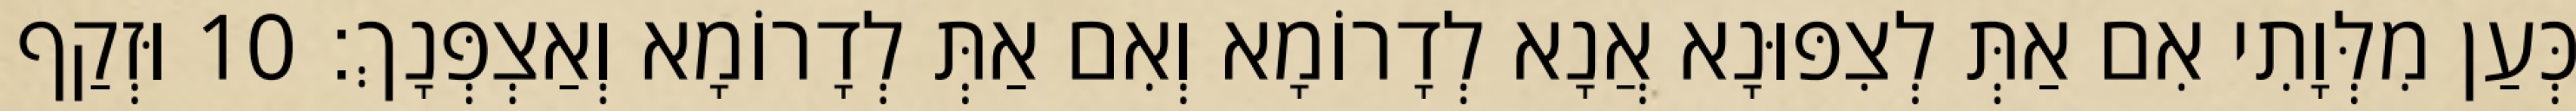
כְּעַן מִלְּוָתִי אִם אַתְּ לְצִפּוּנָא אֲנָא לְדָרוֹמָא וְאִם אַתְּ לְדָרוֹמָא וְאַצְפְּנָךְ׃ 10 וּזְקַף